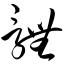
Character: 体